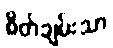
စိတ်ချမ်းသာ